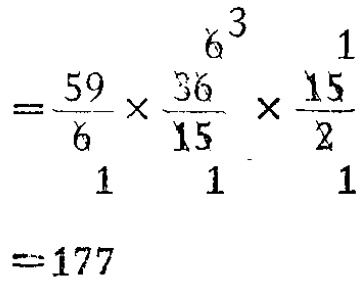
\[

\begin{align*}

&=\frac{59}{6}\times\frac{36}{15}\times\frac{15}{2}\\

&= 177

\end{align*}

\]